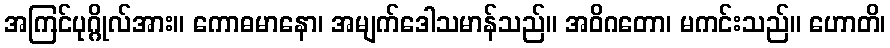
အကြင်ပုဂ္ဂိုလ်အား။ ကောဓမာနော၊ အမျက်ဒေါသမာန်သည်။ အဝိဂတော၊ မကင်းသည်။ ဟောတိ၊